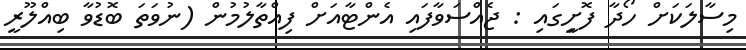
މިސާލަކަށް ހޯދާ ފޮށިީގައި : ޖެއްސަވާފައި އެންޓާއަށް ފިއްތާލުމުން (ނުވަތަ ބޮޑުވާ ބިއްލޫރީ